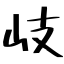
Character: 岐